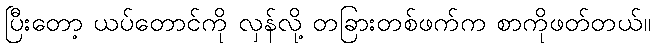
ပြီးတော့ ယပ်တောင်ကို လှန်လို့ တခြားတစ်ဖက်က စာကိုဖတ်တယ်။